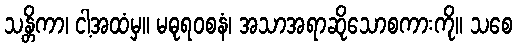
သန္တိကာ၊ ငါ့အထံမှ။ မဓုရဝစနံ၊ အသာအရာဆိုသောစကားကို။ သစေ